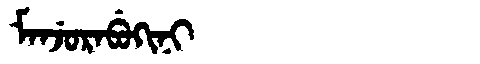
Manchu: ᠮᠠᠨᠵᡠᡵᠠᠪᡠᡴᡳᠨᡳ
Romanization: MANJURABUKINI